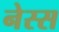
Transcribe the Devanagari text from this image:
नेस्स